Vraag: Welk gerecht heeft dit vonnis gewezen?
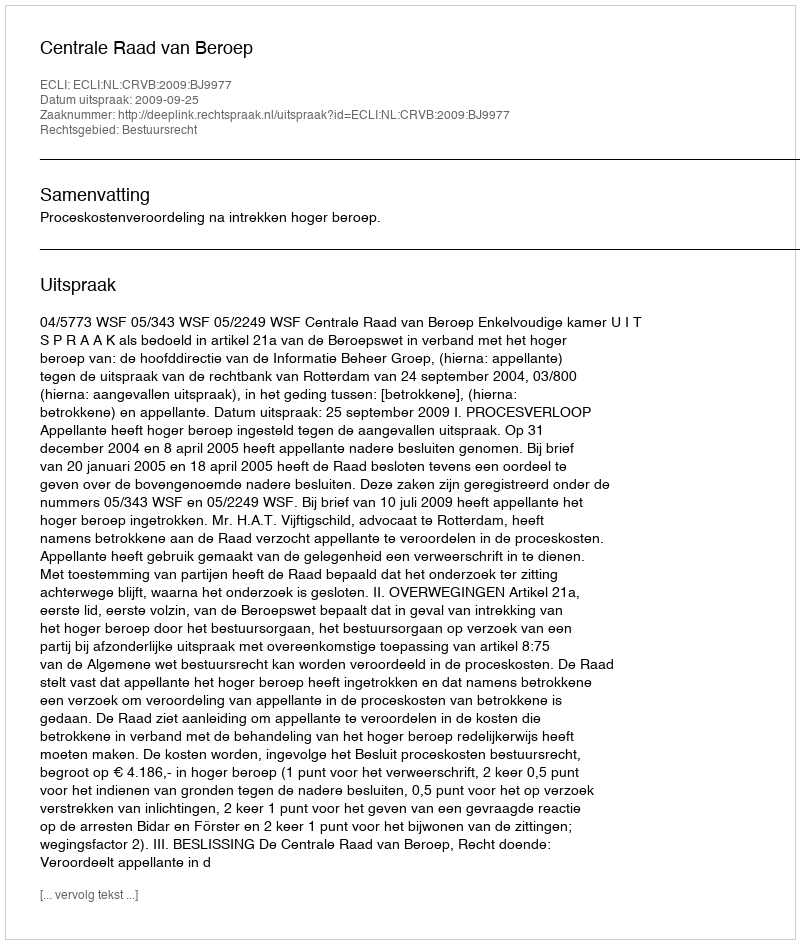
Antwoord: Centrale Raad van Beroep